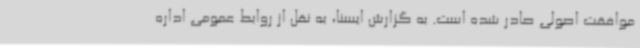
موافقت اصولی صادر شده است. به گزارش ایسنا، به نقل از روابط عمومی اداره